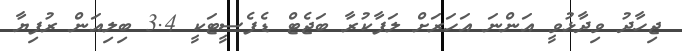
ޖިހާދު ވިދާޅުވީ އަންނަ އަހަރަށް ލަފާކުރާ ބަޖެޓް ޑެފެސީޓަކީ 3.4 ބިލިއަން ރުފިޔާ